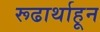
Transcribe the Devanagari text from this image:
रूढार्थाहून